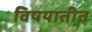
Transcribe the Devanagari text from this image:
विषयातीत